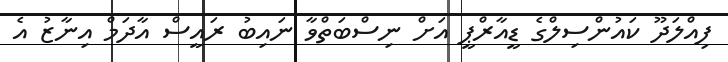
ފިއްލަދޫ ކައުންސިލްގެ ޑީއާރްޕީ އަށް ނިސްބަތްވާ ނައިބު ރައީސް އާދަމް އިނާޒު އެ